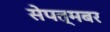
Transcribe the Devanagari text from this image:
सेपत्मबर